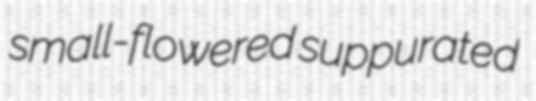
small-flowered suppurated